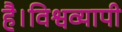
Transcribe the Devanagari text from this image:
है।विश्वव्यापी